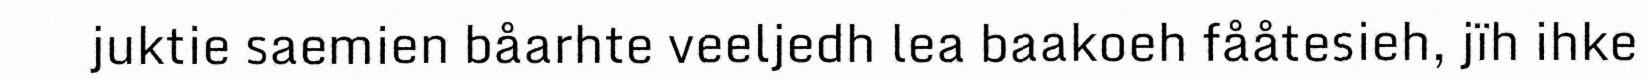
juktie saemien båarhte veeljedh lea baakoeh fååtesieh, jïh ihke